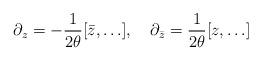
LaTeX: \begin{align*}\partial_z = -\frac{1}{2\theta}[\bar z, \ldots], \ \ \ \partial_{\bar z} = \frac{1}{2\theta}[z, \ldots]\end{align*}